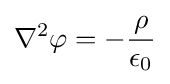
\nabla ^{2}\varphi =-{\dfrac {\rho }{\epsilon _{0}}}